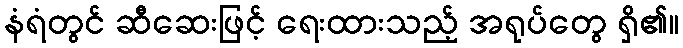
နံရံတွင် ဆီဆေးဖြင့် ရေးထားသည့် အရုပ်တွေ ရှိ၏။